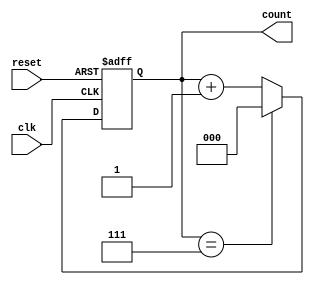
module mod_n_async_counter #(parameter N = 8) (
    input wire clk,           // Clock input
    input wire reset,         // Asynchronous reset
    output reg [count_width-1:0] count // Count output
);

    // Calculate the number of flip-flops required
    localparam count_width = $clog2(N); // Number of bits needed to represent the count

    // Asynchronous reset logic and counting logic
    always @(posedge clk or posedge reset) begin
        if (reset) begin
            count <= 0; // Reset counter to 0
        end else begin
            if (count == N-1) begin
                count <= 0; // Wrap around to 0
            end else begin
                count <= count + 1; // Increment the counter
            end
        end
    end

endmodule